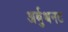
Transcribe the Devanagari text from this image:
अर्बुथनट